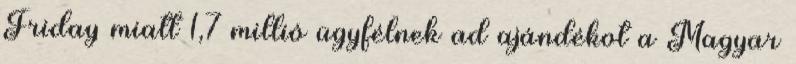
Friday miatt 1,7 millió ügyfélnek ad ajándékot a Magyar